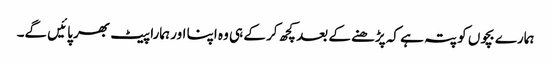
ہمارے بچوں کو پتہ ہے کہ پڑھنے کے بعد کچھ کر کے ہی وہ اپنا اور ہمارا پیٹ بھر پائیں گے۔